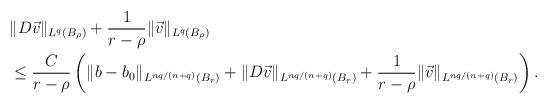
\begin{align*}\begin{aligned}&\|D\vec v\|_{L^q(B_{\rho})}+\frac{1}{r-\rho}\|\vec v\|_{L^q(B_\rho)}\\&\le \frac{C}{r-\rho}\left(\|b-b_0\|_{L^{nq/(n+q)}(B_r)}+\|D\vec v\|_{L^{nq/(n+q)}(B_{r})}+\frac{1}{r-\rho}\|\vec v\|_{L^{nq/(n+q)}(B_{r})}\right).\end{aligned}\end{align*}